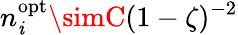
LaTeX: n_{\mathit{i}}^{\mathrm{{opt}}}\simC(1-\zeta)^{-2}